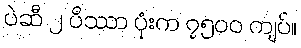
ပဲဆီ ၂ ပိဿာ ပုံးက ၇၅၀၀ ကျပ်။